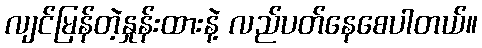
လျင်မြန်တဲ့နှုန်းထားနဲ့ လည်ပတ်နေစေပါတယ်။